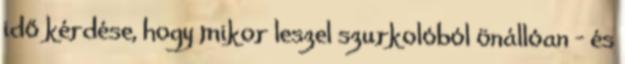
idő kérdése, hogy mikor leszel szurkolóból önállóan – és